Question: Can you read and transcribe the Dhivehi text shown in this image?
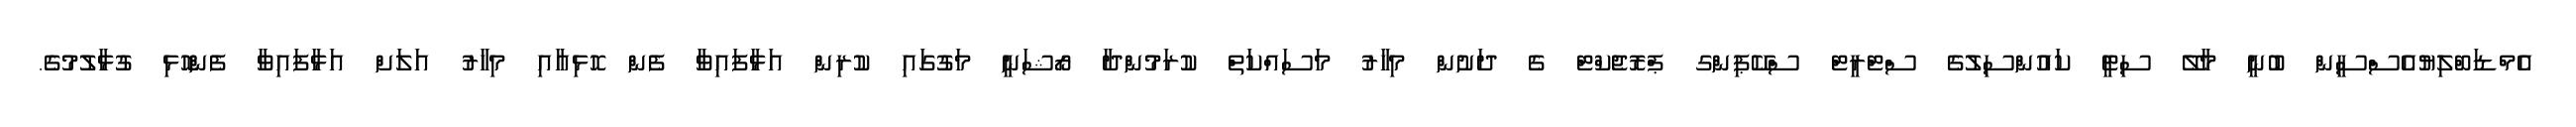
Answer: އެމްޑަބްލިޔުއެސްސީން ބުނީ މާލޭ ސިޓީ ކައުންސިލުގެ ސްޓްރީޓް ސްކޭޕިންގ ޕްރޮޖެކްޓް ގެ ދަށުން މިހާރު މަސައްކަތް ކުރަމުންދާ ރޯޝަނީ މަގުގައި ކުރިން އަޅާފައިވާ ފެން ހޮޅިއާއި މިހާރު އަލަށް އަޅާފައިވާ ފެންހޮޅި ގުޅާލުމުގެ.